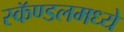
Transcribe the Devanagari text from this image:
स्कॅण्डलमध्ये